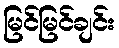
မြင်မြင်ချင်း